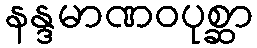
နန္ဒမာဏဝပုစ္ဆာ